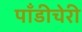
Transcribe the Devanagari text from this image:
पाँडीचेरी